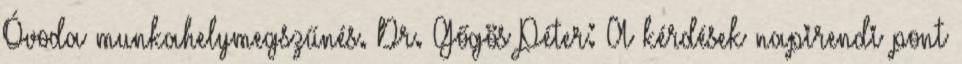
Óvoda munkahelymegszűnés. Dr. Gőgös Péter: A kérdések napirendi pont